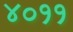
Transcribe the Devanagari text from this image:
४०११